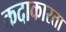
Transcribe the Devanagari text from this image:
कदाकारता